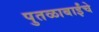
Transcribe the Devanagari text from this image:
पुतळाबाईंचे